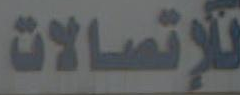
للإتصالات